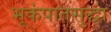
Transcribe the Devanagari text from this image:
भूकंपातसुद्धा